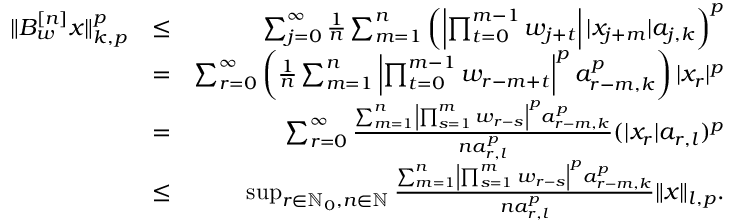
\begin{array} { r l r } { \Vert B _ { w } ^ { [ n ] } x \Vert _ { k , p } ^ { p } } & { \leq } & { \sum _ { j = 0 } ^ { \infty } \frac { 1 } { n } \sum _ { m = 1 } ^ { n } \left( \left| \prod _ { t = 0 } ^ { m - 1 } w _ { j + t } \right| | x _ { j + m } | a _ { j , k } \right) ^ { p } } \\ & { = } & { \sum _ { r = 0 } ^ { \infty } \left( \frac { 1 } { n } \sum _ { m = 1 } ^ { n } \left| \prod _ { t = 0 } ^ { m - 1 } w _ { r - m + t } \right| ^ { p } a _ { r - m , k } ^ { p } \right) | x _ { r } | ^ { p } } \\ & { = } & { \sum _ { r = 0 } ^ { \infty } \frac { \sum _ { m = 1 } ^ { n } \left| \prod _ { s = 1 } ^ { m } w _ { r - s } \right| ^ { p } a _ { r - m , k } ^ { p } } { n a _ { r , l } ^ { p } } ( | x _ { r } | a _ { r , l } ) ^ { p } } \\ & { \leq } & { \operatorname* { s u p } _ { r \in \mathbb { N } _ { 0 } , n \in \mathbb { N } } \frac { \sum _ { m = 1 } ^ { n } \left| \prod _ { s = 1 } ^ { m } w _ { r - s } \right| ^ { p } a _ { r - m , k } ^ { p } } { n a _ { r , l } ^ { p } } \Vert x \Vert _ { l , p } . } \end{array}